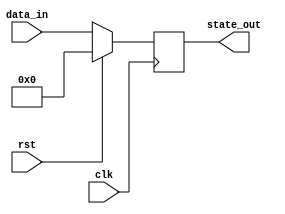
module synchronous_reset (
    input wire clk,         // Clock signal
    input wire rst,         // Active-high reset signal
    input wire [7:0] data_in, // Example data input (8 bits)
    output reg [7:0] state_out // Example state output (8 bits)
);

    // Define the reset state
    localparam RESET_STATE = 8'b00000000;

    // Synchronous reset and state update process
    always @(posedge clk) begin
        if (rst) begin
            // On reset, set the state to the predefined reset state
            state_out <= RESET_STATE;
        end else begin
            // Normal operation: update state based on data input (example logic)
            state_out <= data_in; // Simple data path example, can be replaced with any logic
        end
    end

endmodule